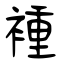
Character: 褈